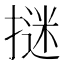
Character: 𭢁